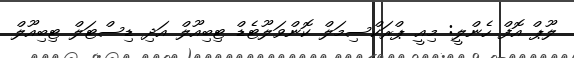
ލޫޕް އޮފް ހެންލީ: މިއީ ޕްރަކްސިމަލް ކޮންވަލޫޓެޑް ޓިބިއޫލް އަދި ޑިސްޓަލް ޓިބިއޫލް